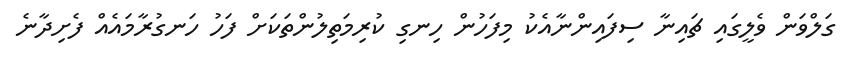
ގަލްވަން ވެލީގައި ޗައިނާ ސިފައިންނާއެކު މިފަހުން ހިނގި ކުރިމަތިލުންތަކަށް ފަހު ހަނގުރާމައެއް ފެށިދާނެ